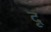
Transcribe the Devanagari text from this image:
दृ